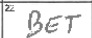
Transcription: BET